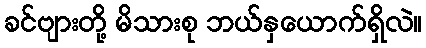
ခင်ဗျားတို့ မိသားစု ဘယ်နှယောက်ရှိလဲ။